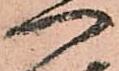
一